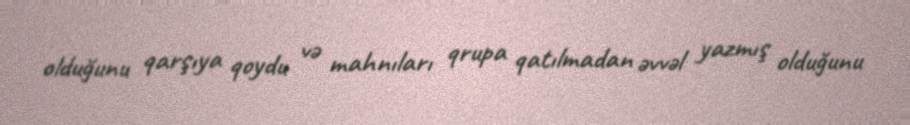
olduğunu qarşıya qoydu və mahnıları qrupa qatılmadan əvvəl yazmış olduğunu